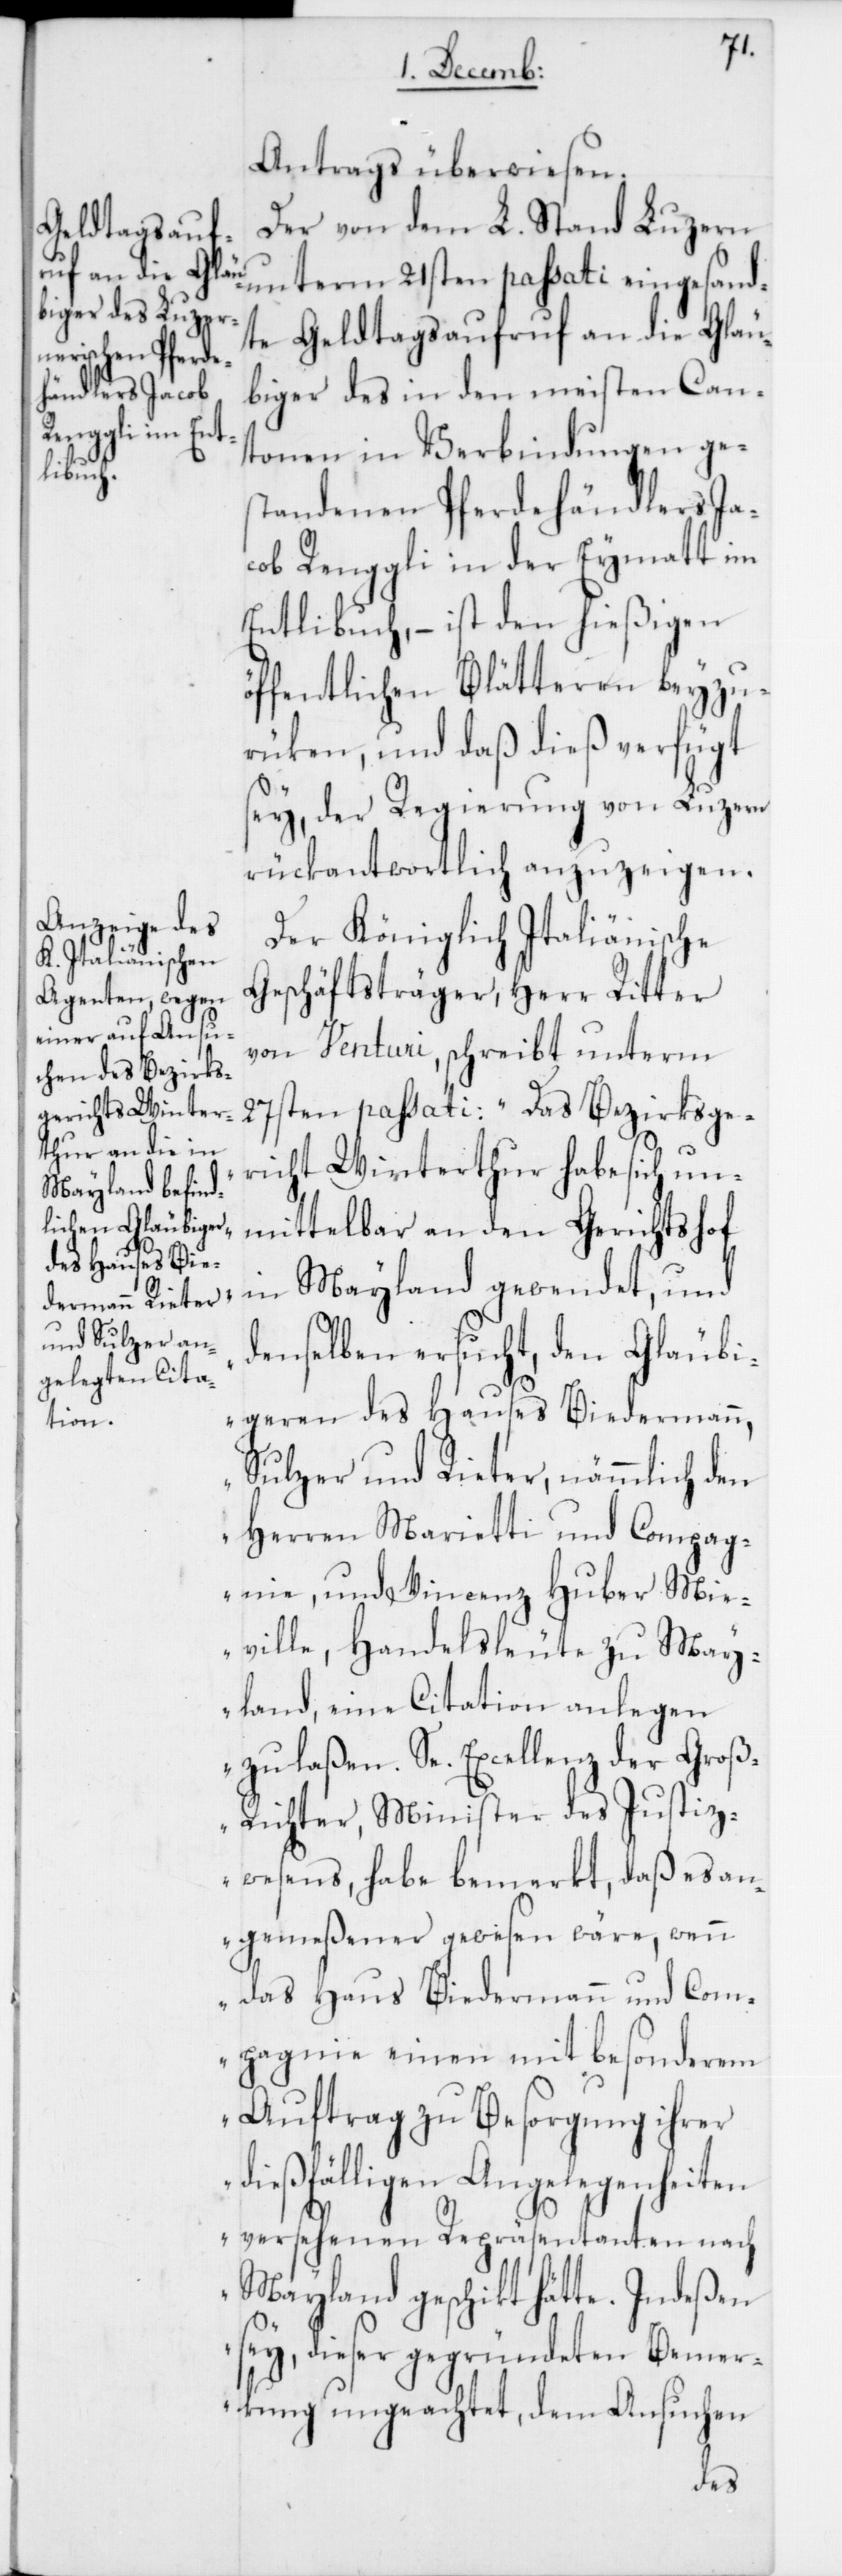
Antrags überwiesen.
Der von dem L. Stand Luzern
unterm 21sten passati eingesand¬
te Geldtagsaufruf an die Gläu¬
biger des in den meisten Can¬
tonen in Verbindungen ge¬
standenen Pferdehändlers Ja¬
cob Renggli in der Eymatt im
Entlibuch, – ist den hießigen
öffentlichen Blätteren beyzu¬
rüken, und daß dieß verfügt
sey, der Regierung von Luzern
rükantwortlich anzuzeigen.
Der Königlich-Italienische
Geschäftsträger Herr Ritter
von Venturi, schreibt unterm
27sten passati: „Das Bezirksge¬
richt Winterthur habe sich un¬
mittelbar an den Gerichtshof
in Mayland gewendet, und
denselben ersucht, den Gläubi¬
geren des Hauses Biedermann,
Sulzer und Rieter, nämmlich den
Herren Marietti und Compag¬
nie, und Vincenz Huber Mie¬
ville, Handelsleute zu May¬
land, eine Citation anlegen
zu laßen. Sr. Excellenz der Gro¬
ß-Richter, Minister des Justiz¬
wesens, habe bemerkt, daß es an¬
gemeßener gewesen wäre, wenn
das Haus Biedermann und Com¬
pagnie einen mit besonderem
Auftrag zu Besorgung ihrer
dießfälligen Angelegenheiten
versehenen Repräsentanten nach
Mayland geschickt hätte. Indeßen
sey, dieser gegründeten Bemer¬
kung ungeachtet, dem Ansuchen